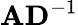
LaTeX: {\mathbf A}{\mathbf D}^{-1}